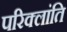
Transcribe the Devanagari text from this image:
परिक्लांति